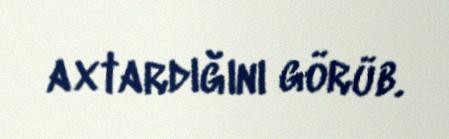
axtardığını görüb.